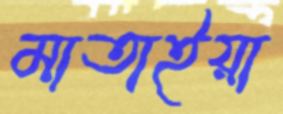
মাতাইয়া